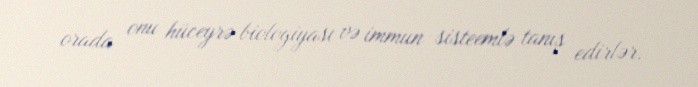
orada onu hüceyrə biologiyası və immun sisteemlə tanış edirlər.